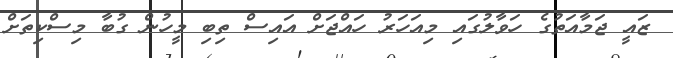
ޒައީ ޖަމާއަތުގެ ހަވާލުގައި މިއަހަރު ހައްޖަށް އައިސް ތިބި މީހުން ގުބާ މިސްކިތަށް